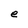
Character: e